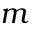
m